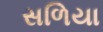
સળિયા